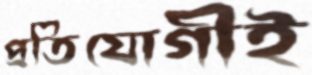
প্রতিযোগীই